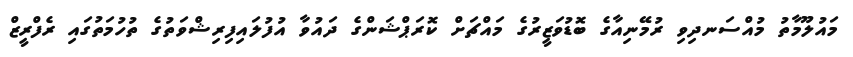
މައުލޫމާތު މުއްސަނދިވި ރުމޭނިއާގެ ބޮޑުވަޒީރުގެ މައްޗަށް ކޮރަޕްޝަންގެ ދައުވާ އުފުލައިފިރިޝްވަތުގެ ތުހުމަތުގައި ރެފްރީޒް